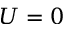
U = 0